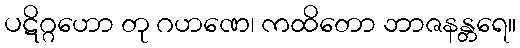
ပဋိဂ္ဂဟော တု ဂဟဏေ၊ ကထိတော ဘာဇနန္တရေ။